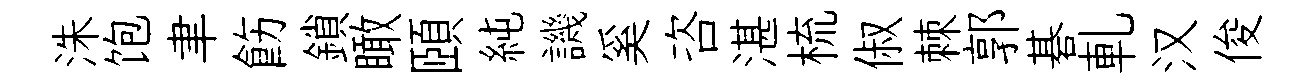
洙饱聿飭鎖瞰頤純譏奚咨湛梳俶棘郭碁軋汉俊